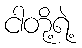
ငါတို့ရဲ့